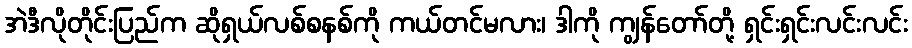
အဲဒီလိုတိုင်းပြည်က ဆိုရှယ်လစ်စနစ်ကို ကယ်တင်မလား၊ ဒါကို ကျွန်တော်တို့ ရှင်းရှင်းလင်းလင်း